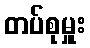
တပ်စုမှူး